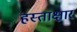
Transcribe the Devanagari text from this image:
हस्ताक्षार